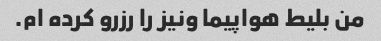
من بلیط هواپیما ونیز را رزرو کرده ام.